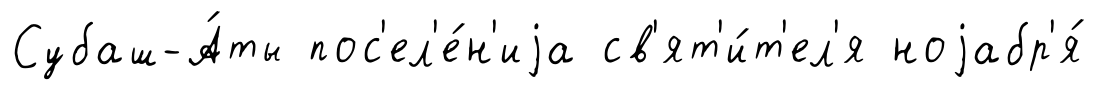
Субаш-А́ты пос'ел'е́н'иjа св'ят'и́т'ел'я ноjабр'я́